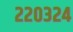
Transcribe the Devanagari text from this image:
२२०३२४